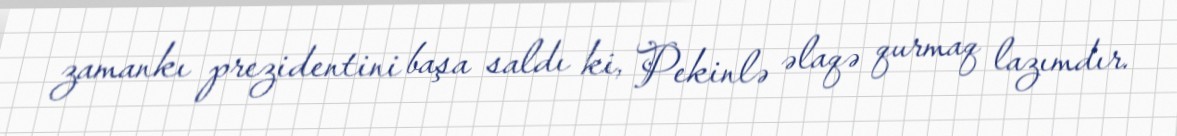
zamankı prezidentini başa saldı ki, Pekinlə əlaqə qurmaq lazımdır.